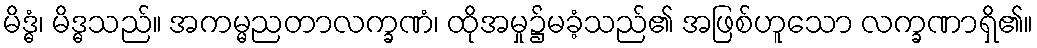
မိဒ္ဓံ၊ မိဒ္ဓသည်။ အကမ္မညတာလက္ခဏံ၊ ထိုအမှု၌မခံ့သည်၏ အဖြစ်ဟူသော လက္ခဏာရှိ၏။